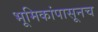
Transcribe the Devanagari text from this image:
भूमिकांपासूनच